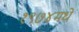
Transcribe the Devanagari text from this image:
१९७४मधे